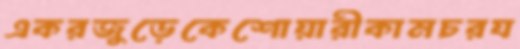
একরজুড়েকেশোয়ারীকামচরয